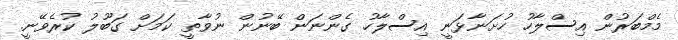
މެމްބަރުން އިސްލާހު ހުށަނާޅަނީ އިސްލާހު ގެންނަން ބޭނުން ނުވާތީ ކަމަށް ގަބޫލު ކުރެވޭނީ.